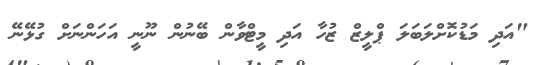
"އަދި މަޑުކޮށްލަބަލަ ޕްލީޒް ޒުހާ އަދި މީޓްވާން ބޭނުން ނޫނީ އަހަންނަށް ގުޅޭނޭ